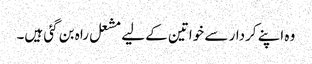
وہ اپنے کردار سے خواتین کے لیے مشعل راہ بن گئی ہیں۔